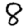
Digit: 8